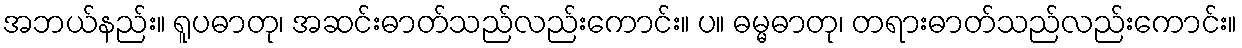
အဘယ်နည်း။ ရူပဓာတု၊ အဆင်းဓာတ်သည်လည်းကောင်း။ ပ။ ဓမ္မဓာတု၊ တရားဓာတ်သည်လည်းကောင်း။